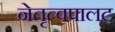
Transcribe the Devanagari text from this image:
नेतृत्वपालट